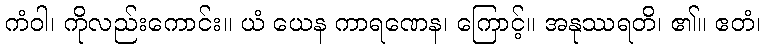
ကံဝါ၊ ကိုလည်းကောင်း။ ယံ ယေန ကာရဏေန၊ ကြောင့်။ အနုဿရတိ၊ ၏။ ဧတံ၊